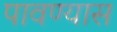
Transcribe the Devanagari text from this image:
पावण्यास